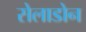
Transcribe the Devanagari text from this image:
सेलाडोन